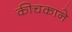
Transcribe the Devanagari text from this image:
कीचकाने